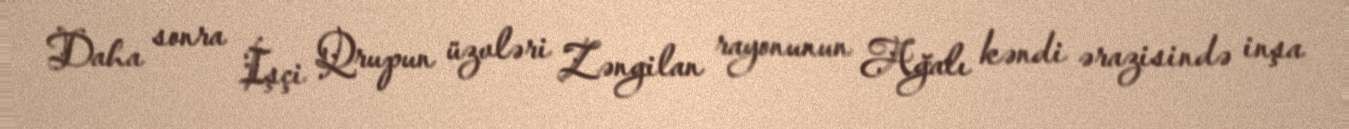
Daha sonra İşçi Qrupun üzvləri Zəngilan rayonunun Ağalı kəndi ərazisində inşa